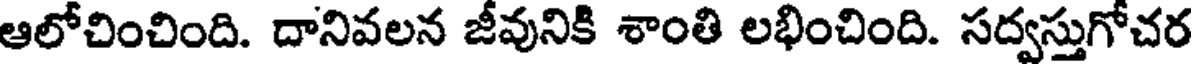
ఆలోచించింది. దానివలన జీవునికి శాంతి లభించింది. సద్వస్తుగోచర